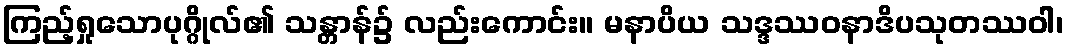
ကြည့်ရှုသောပုဂ္ဂိုလ်၏ သန္တာန်၌ လည်းကောင်း။ မနာပိယ သဒ္ဒဿဝနာဒိပသုတဿဝါ၊